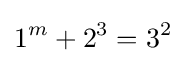
1^{m}+2^{3}=3^{2}\;